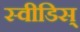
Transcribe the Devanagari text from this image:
स्वीडिस्